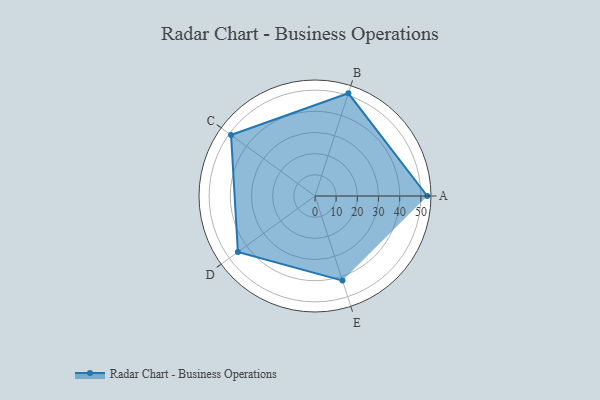
{"axis": {"x": "Skill", "y": "Score"}, "legend": ["Profile"], "data": [{"x": "A", "y": 53.0, "type": "Profile"}, {"x": "B", "y": 51.0, "type": "Profile"}, {"x": "C", "y": 49.0, "type": "Profile"}, {"x": "D", "y": 45.0, "type": "Profile"}, {"x": "E", "y": 42.0, "type": "Profile"}]}